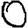
Digit: 0